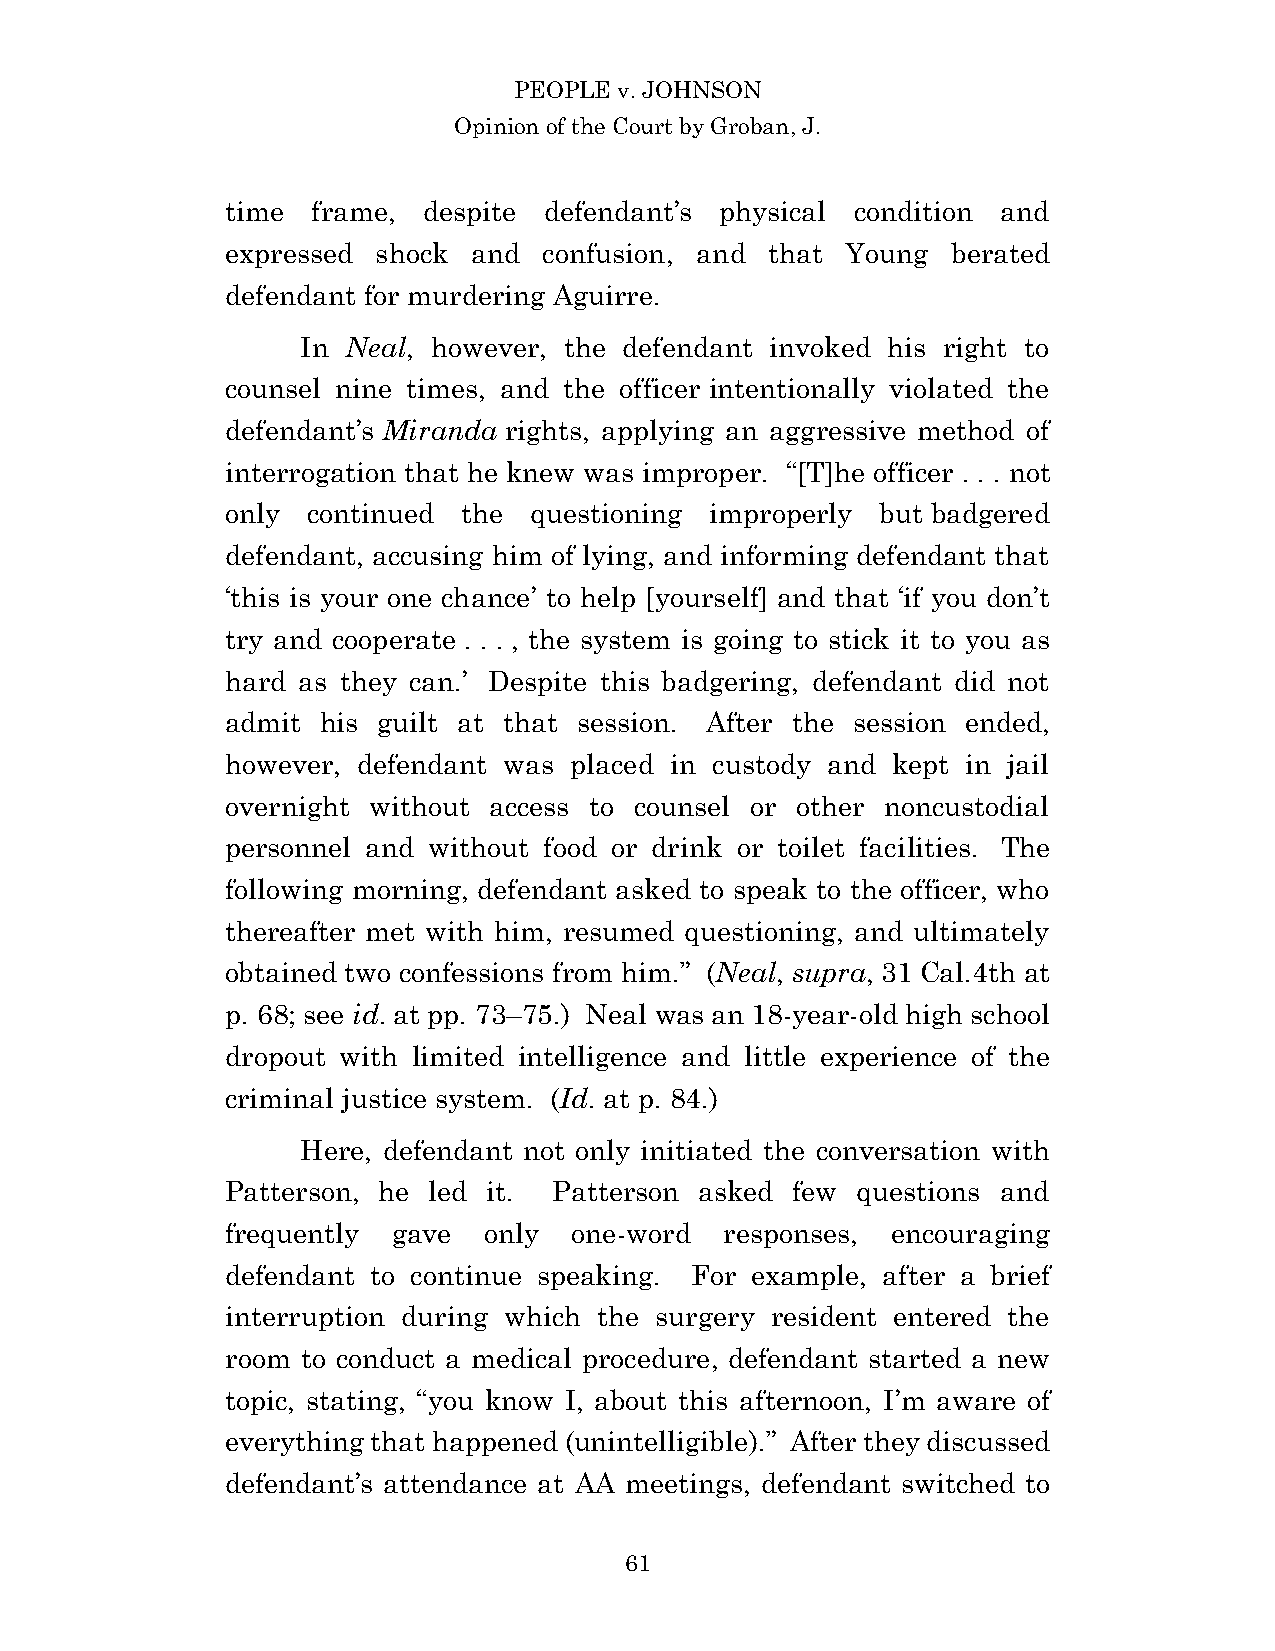
PEOPLE v. JOHNSON
 Opinion of the Court by Groban, J.
 time  frame, despite defendant’s physical condition and
 expressed shock and  confusion, and that Young  berated
 defendant for murdering Aguirre.
 In Neal, however, the defendant invoked his right to
 counsel nine times, and the officer intentionally violated the
 defendant’s Miranda rights, applying an aggressive method of
 interrogation that he knew was improper. “[T]he officer . . . not
 only continued  the questioning improperly but badgered
 defendant, accusing him of lying, and informing defendant that
 ‘this is your one chance’ to help [yourself] and that ‘if you don’t
 try and cooperate . . . , the system is going to stick it to you as
 hard as they can.’ Despite this badgering, defendant did not
 admit his guilt at that session. After the session ended,
 however, defendant was placed in custody and kept in jail
 overnight without access to counsel or other noncustodial
 personnel and without food or drink or toilet facilities. The
 following morning, defendant asked to speak to the officer, who
 thereafter met with him, resumed questioning, and ultimately
 obtained two confessions from him.” (Neal, supra, 31 Cal.4th at
 p. 68; see id. at pp. 73–75.) Neal was an 18-year-old high school
 dropout with limited intelligence and little experience of the
 criminal justice system. (Id. at p. 84.)
 Here, defendant not only initiated the conversation with
 Patterson, he led it. Patterson asked few questions and
 frequently gave  only  one-word  responses, encouraging
 defendant to continue speaking. For example, after a brief
 interruption during which the surgery resident entered the
 room to conduct a medical procedure, defendant started a new
 topic, stating, “you know I, about this afternoon, I’m aware of
 everything that happened (unintelligible).” After they discussed
 defendant’s attendance at AA meetings, defendant switched to
 6 1